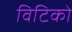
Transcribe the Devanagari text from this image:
विटिको